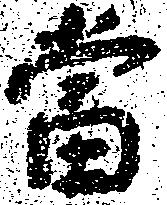
当